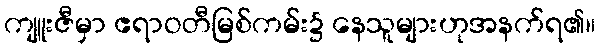
ကျူးဇီမှာ ဧရာဝတီမြစ်ကမ်း၌ နေသူများဟုအနက်ရ၏။